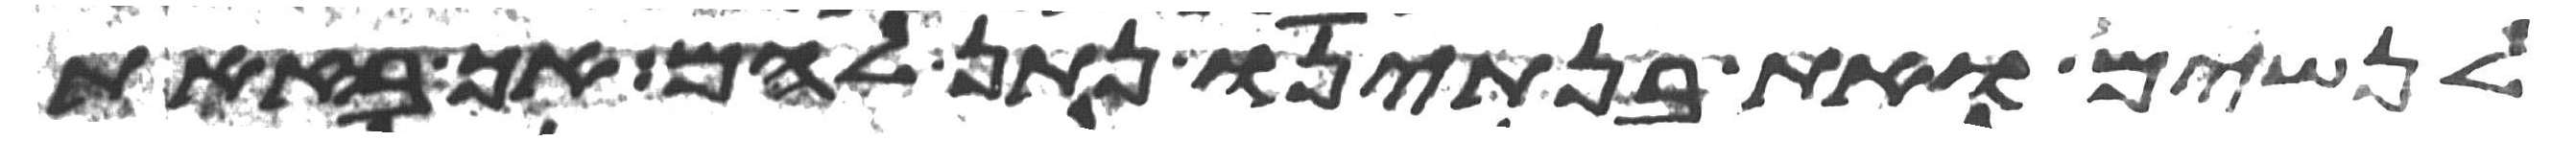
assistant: לנשים ואת בנתינו נתן להם אך בזאת